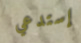
إستدعي